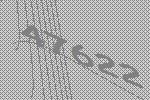
47622